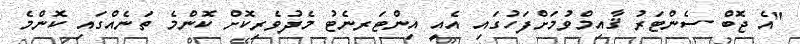
"އެ ޖޮބް ސެންޓަރު ޤާއިމްވުމަށްފަހުގައި އެއީ އިންޓަރނެޓު މެދުވެރިކޮށް ކޮންމެ ތަނެއްގައި ކޮންމެ